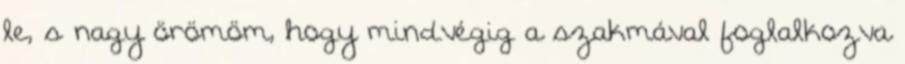
le, s nagy örömöm, hogy mindvégig a szakmával foglalkozva